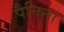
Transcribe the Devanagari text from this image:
पैनिना